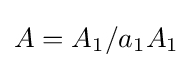
A=A_{1}/a_{1}A_{1}